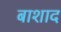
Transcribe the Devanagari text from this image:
बाशाद